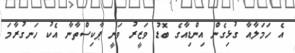
އެ ހަމަލާއާ ގުޅިގެން އިންޑިއާގެ ބޮޑު ވަޒީރު ވަނީ ޕާކިސްތާނާ އެކު ހަނގުރާމަ